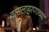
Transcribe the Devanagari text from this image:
वत्सलाहरणाच्या